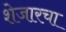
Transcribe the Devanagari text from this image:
शेजारचा